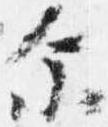
示